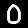
Digit: 0